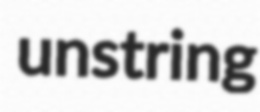
unstring